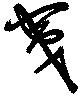
夷